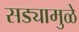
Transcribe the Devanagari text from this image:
सड्यामुळे